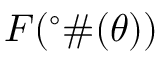
F ( ^ { \circ } \# ( \theta ) )